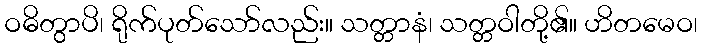
ဝဓိတွာပိ၊ ရိုက်ပုတ်သော်လည်း။ သတ္တာနံ၊ သတ္တဝါတို့၏။ ဟိတမေဝ၊